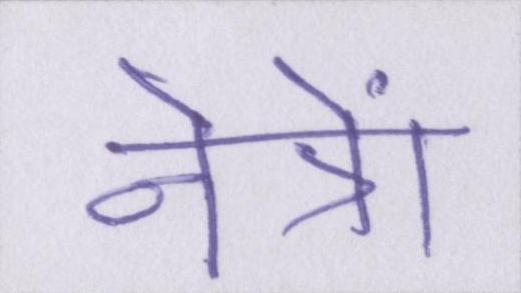
नेत्रों